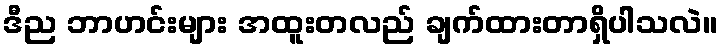
ဒီည ဘာဟင်းများ အထူးတလည် ချက်ထားတာရှိပါသလဲ။